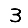
Digit: 3